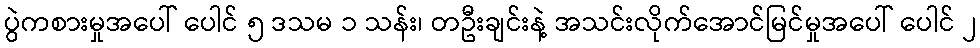
ပွဲကစားမှုအပေါ် ပေါင် ၅ ဒသမ ၁ သန်း၊ တဦးချင်းနဲ့ အသင်းလိုက်အောင်မြင်မှုအပေါ် ပေါင် ၂